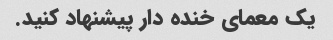
یک معمای خنده دار پیشنهاد کنید.